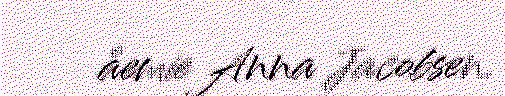
åemie Anna Jacobsen.